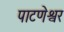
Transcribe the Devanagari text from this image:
पाटणेश्वर